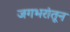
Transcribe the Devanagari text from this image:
जगभरांतून